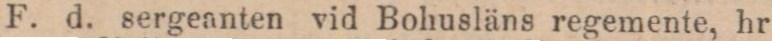
F. d. sergeanten vid Bohusläns regemente, hr